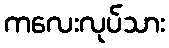
ကလေးလုပ်သား